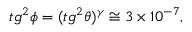
t g ^ { 2 } \phi = ( t g ^ { 2 } \theta ) ^ { \gamma } \cong 3 \times 1 0 ^ { - 7 } ,